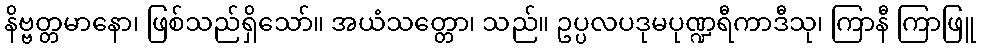
နိဗ္ဗတ္တမာနော၊ ဖြစ်သည်ရှိသော်။ အယံသတ္တော၊ သည်။ ဥပ္ပလပဒုမပုဏ္ဍရီကာဒီသု၊ ကြာနီ ကြာဖြူ